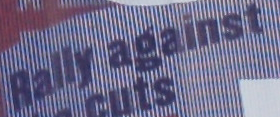
Rally against